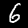
Label: 6